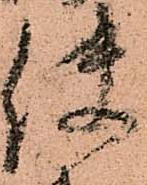
使